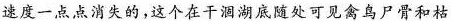
速度一点点消失的，这个在干涸湖底随处可见禽鸟尸骨和枯